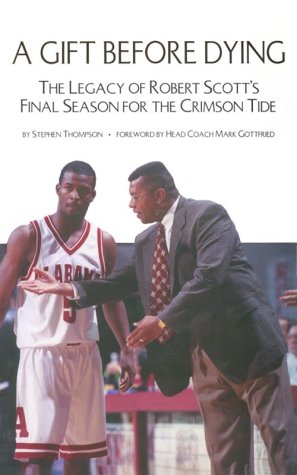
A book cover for A Gift Before Dying; Stephen Thompson; Sports & Outdoors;